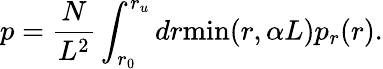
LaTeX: p=\frac{N}{L^{2}}\int_{r_{0}}^{r_{u}}dr\textrm{min}(r,\alpha L)p_{r}(r).